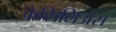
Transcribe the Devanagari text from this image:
कैसिलिअस